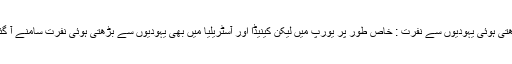
بڑھتی ہوئی یہودیوں سے نفرت : خاص طور پر یورپ میں لیکن کینیڈا اور آسٹریلیا میں بھی یہودیوں سے بڑھتی ہوئی نفرت سامنے آ گئی۔